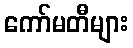
ကော်မတီများ